Plague in India, 1896, 1897 - Volume 3
Year: 1896
Disease focus: Plague
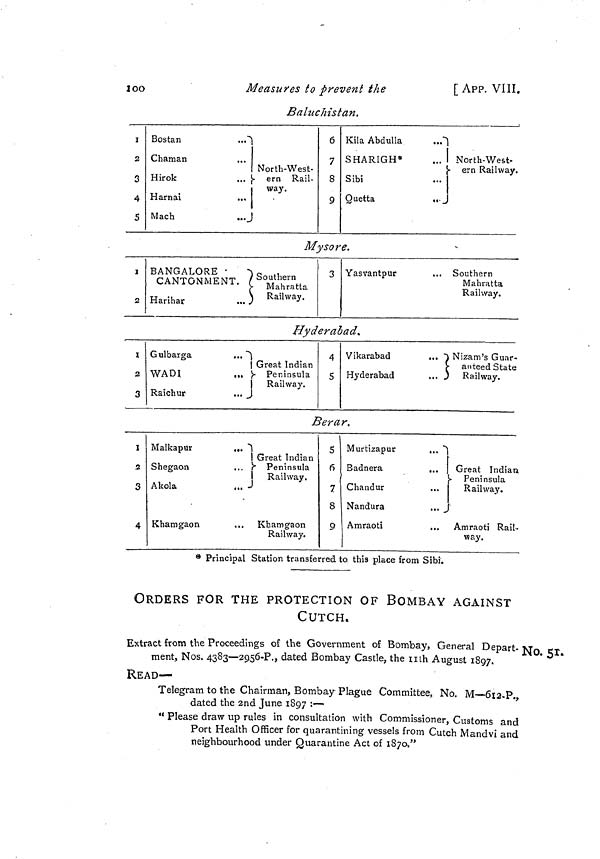
100
Measures to prevent the
[ APP. VIII.
Balucîiistan.
1
2
3
4
5
Bostan
...
Chaman
...
Hirok
Harnai
Mach
...J
North-West-
ern Rail-
way.
6
7
8
9
Kíla Abdulla
...
Quetta
,.
North-West-
ern Railway.
Mysore.
1
2
BANGALORE •
CANTONMENT.
y
Harihar
...
Southern
Mahratta
I Railway.
3 Yasvantpur
... Southern
Mahratta
Railway.
Hyderab.
1
2
3
I
2
3
4
Gulbarga
...
WADI
Raichur
...
Malkapur
...
Shegaan
...
Akola
... •
Khamgaon
Great Indian
Peninsula
Railway.
L
Great Indian
Peninsula
Railway.
Khamgaon
Railway.
4
S
lera
5
6
7
8
9
Vikarabad
...
Hyderabad
... ,
r.
Murtizapur
..
Badnera
...
Chandur
Nandura
...
Amraoti
,,.
;
Nizam's Guar-
anteed State
Railway.
.
Great Indian
Peninsula
Railway.
;
Amraoti Rail-
way.
No. 5r.
* Principal Station transferred to this place from Sibi.
ORDERS FOR THE PROTECTION OF BOMBAY AGAINST
CUTCH.
Extract from the Proceedings of the Government of Bombay, General Depart-
ment, Nos. 4383—2956-P., dated Bombay Castle, the nth August 1897.
READ—
Telegram to the Chairman, Bombay Plague Committee, No. M—612-P.
dated the 2nd June 1897 :—
" Please draw up rules in consultation with Commissioner, Customs and
Port Health Officer for quarantining vessels from Cutch Mandvi and
neighbourhood under Quarantine Act of 1870,"